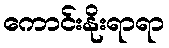
ကောင်းနိုးရာရာ